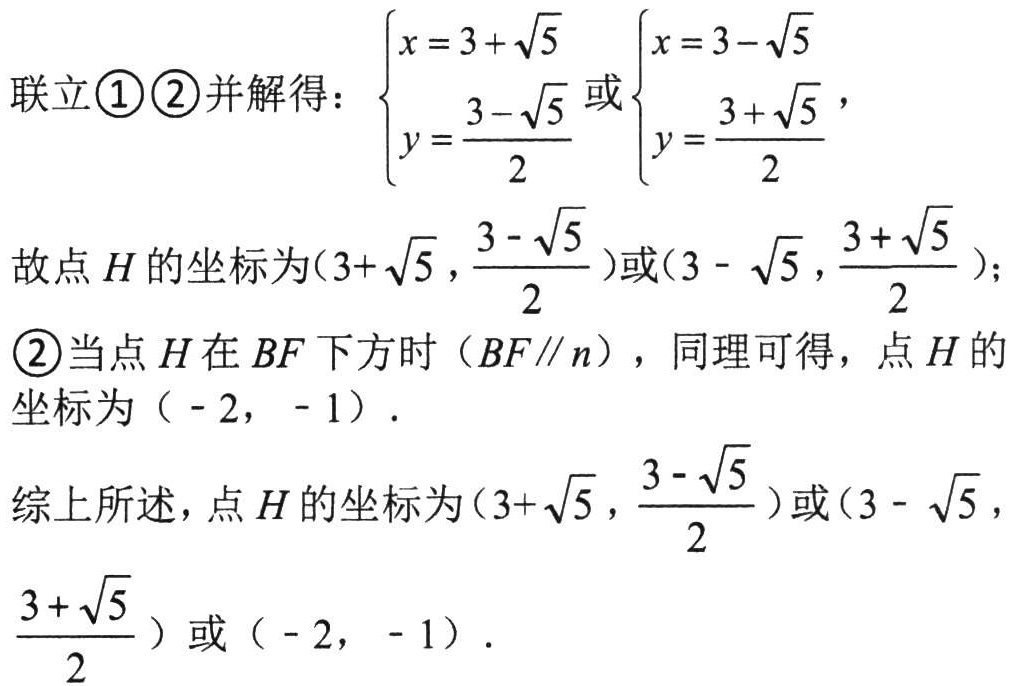
联立\textcircled{1}\textcircled{2}并解得：\(\begin{cases}x = 3 + \sqrt{5}\\y = \dfrac{3 - \sqrt{5}}{2}\end{cases}\)或\(\begin{cases}x = 3 - \sqrt{5}\\y = \dfrac{3 + \sqrt{5}}{2}\end{cases}\)，

故点\(H\)的坐标为\((3 + \sqrt{5}, \dfrac{3 - \sqrt{5}}{2})\)或\((3 - \sqrt{5}, \dfrac{3 + \sqrt{5}}{2})\)；

\textcircled{2}当点\(H\)在\(BF\)下方时（\(BF\parallel n\)），同理可得，点\(H\)的坐标为\(( - 2, - 1)\)．

综上所述，点\(H\)的坐标为\((3 + \sqrt{5}, \dfrac{3 - \sqrt{5}}{2})\)或\((3 - \sqrt{5}, \dfrac{3 + \sqrt{5}}{2})\)或\(( - 2, - 1)\)．